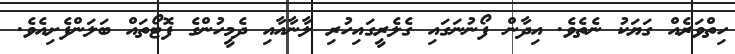
ހިތްވަރެއް ގަޔަކު ނެތެވެ. އިދާން ފޯނުނަގައި ގެލެރީގައިހުރި ލާނާއާއި ދެމީހުންގެ ފޮޓޯތައް ބަލަންފެށިއެވެ.